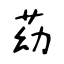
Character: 苭